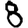
Digit: 8